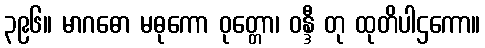
၃၉၆။ မာဂဓော မဓုကော ဝုတ္တော၊ ဝန္ဒီ တု ထုတိပါဌကော။